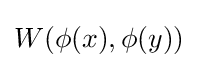
W(\phi (x),\phi (y))